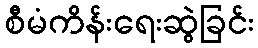
စီမံကိန်းရေးဆွဲခြင်း